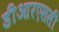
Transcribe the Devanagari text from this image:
डीआरएससी